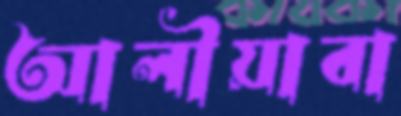
আলীয়াবা